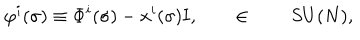
LaTeX: \varphi ^ { i } ( \sigma ) \equiv \Phi ^ { i } ( \sigma ) - x ^ { i } ( \sigma ) { \bf I } , \qquad \in \qquad S U ( N ) ,